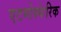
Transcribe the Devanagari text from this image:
एटमोस्फेरिक